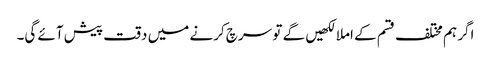
اگر ہم مختلف قسم کے املا لکھیں گے تو سرچ کرنے میں دقت پیش آئے گی۔